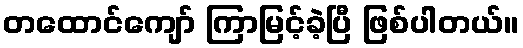
တထောင်ကျော် ကြာမြင့်ခဲ့ပြီ ဖြစ်ပါတယ်။